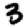
Digit: 3